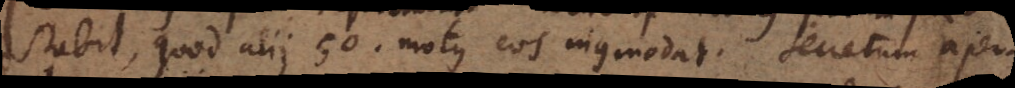
stabit, quod alii 50. motus eos incommodat. Secretum aper-